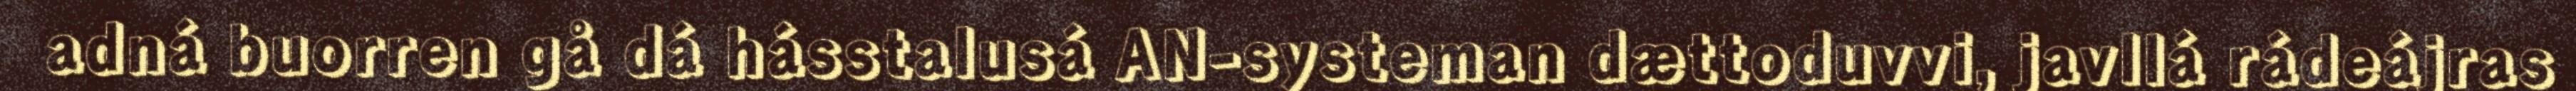
adná buorren gå dá hásstalusá AN-systeman dættoduvvi, javllá rádeájras